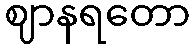
ဈာနရတော